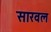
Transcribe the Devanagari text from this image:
सारवल